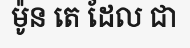
ម៉ូន តេ ដែល ជា